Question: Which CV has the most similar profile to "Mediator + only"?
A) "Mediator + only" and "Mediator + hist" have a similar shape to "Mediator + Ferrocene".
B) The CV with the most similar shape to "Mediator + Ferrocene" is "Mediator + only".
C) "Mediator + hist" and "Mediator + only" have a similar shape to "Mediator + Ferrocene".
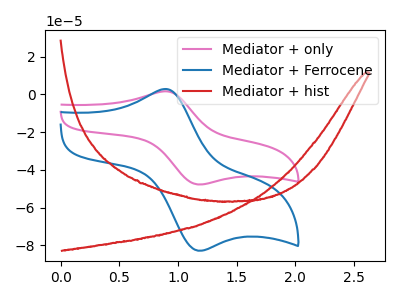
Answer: <think>The pink curve "Mediator + only" has an anodic peak at (0.90V, 1.65uA) and a cathodic peak at (1.20V, -47.70uA). The blue curve "Mediator + Ferrocene" has an anodic peak at (0.90V, 2.85uA) and a cathodic peak at (1.20V, -82.80uA). The red curve "Mediator + hist" has no peaks.
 All the peaks in "Mediator + only" have a peak in "Mediator + Ferrocene" at the same potential. Every peak in "Mediator + only" is lower than every peak in "Mediator + Ferrocene". "Mediator + only" and "Mediator + hist" have a different number of peaks. "Mediator + Ferrocene" and "Mediator + hist" have a different number of peaks.</think>
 <answer>B) The CV with the most similar shape to "Mediator + Ferrocene" is "Mediator + only".</answer>
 <eval>B</eval>